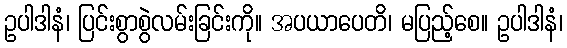
ဥပါဒါနံ၊ ပြင်းစွာစွဲလမ်းခြင်းကို။ အပယာပေတိ၊ မပြည့်စေ။ ဥပါဒါနံ၊